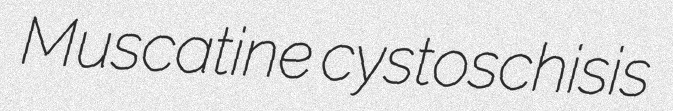
Muscatine cystoschisis